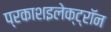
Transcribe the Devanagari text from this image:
प्रकाशइलेक्ट्रॉन